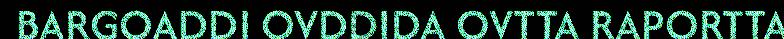
BARGOADDI OVDDIDA OVTTA RAPORTTA